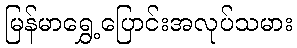
မြန်မာရွှေ့ပြောင်းအလုပ်သမား